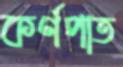
কর্ণপাত